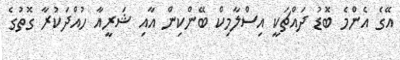
އޭގެ އެންމެ ބޮޑު ދައްޗަކީ އިސްލާމިކް ބޭންކިން އާއި ޝަރީއާ ހުއްދަކުރާ ގޮތުގެ